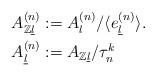
LaTeX: \begin{align*} A^{(n)}_{\mathbb{Z}\underline{l}}&:=A^{(n)}_{l}/\langle e^{(n)}_{\underline{l}}\rangle .\\ A^{(n)}_{\underline{l}}&:=A_{\mathbb{Z}\underline{l}}/\tau^k_n\end{align*}